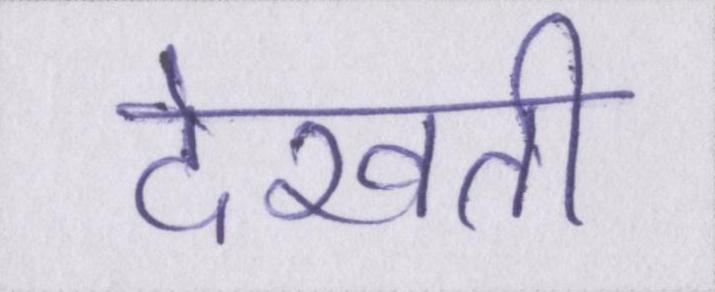
देखती